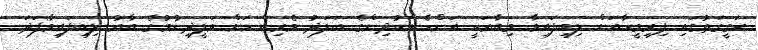
ޙަގީގަތުގައި ފިރިމީހާއަށް ލިބިފައިވާ މިބާރަކީ އަންހެންކުދިންގެ ބަލަދު ވެރިންނަށް ވަލީދިނުމުގެ ބާރު ލިބިފައިވާފަދަ